Indian journal of veterinary science and animal husbandry - Volume 11,
Year: 1941
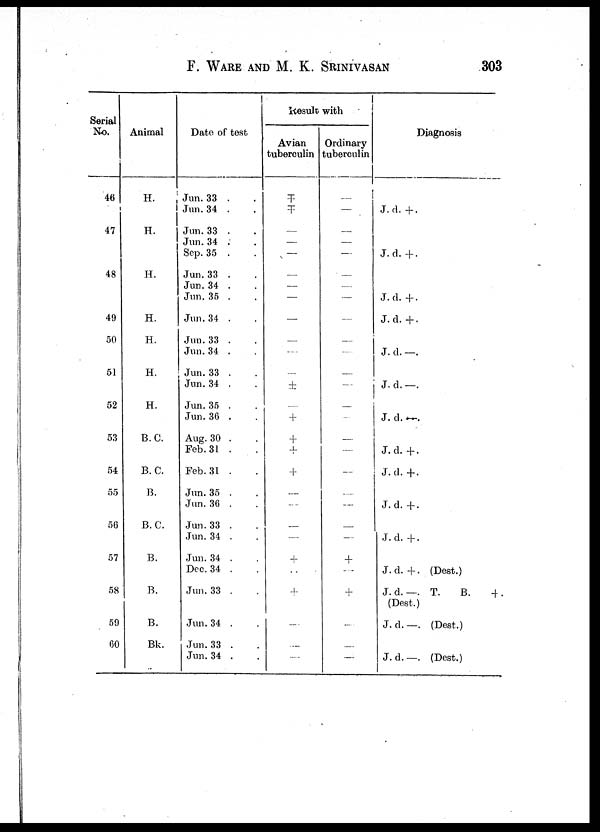
F. WARE AND M. K. SRINIVASAN 303
Serial
No.
46
47
48
49
50
51
52
53
54
55
56
57
58
59
60
Animal
H.
H.
H.
H.
H.
H.
H.
B.C.
B.C.
B.
B.C.
B.
B.
B.
Bk.
Date of test
Jun. 33 . .
Jun. 34 . .
Jun. 33 . .
Jun.34 . .
Sep. 35 . .
Jun.33 . .
Jun. 34 . .
Jun. 35 . .
Jun. 34 . .
Jun. 33 . .
Jun. 34 . .
Jun. 33 . .
Jun. 34 . .
Jun.35 . .
Jun. 36 . .
Aug. 30 . .
Feb.31 . .
Feb.31 . .
Jun. 35 . .
Jun. 36 . .
Jun. 33 . .
Jun. 34 . .
Jun.34 . .
Dee. 34 . .
Jun. 33 . .
Jun. 34 . .
Jun.33 . .
Jun.34 . .
Result with
Avian
tuberculin
Ŧ
Ŧ
—
—
—
—
—
—
—
—
—
—
±
—
+
+
+
+
—
—
—
—
+
. .
+
—
—
—
Ordinary
tuberculin
—
—
—
—
—
—
—
—
—
—
—
—
—
—
—
—
—
—
—
—
—
—
+
—
+
—
—
—
Diagnosis
J. d. +.
J.d. +.
J. d. +.
J.d. +.
J. d. —.
J.d.—.
J. d. —.
J.d. +.
J. d. +.
J.d. +.
J.d. +.
J. d. +. (Dest.)
J.d.—. T.
B.
+.
(Dest.)
J.d.—. (Dest.)
J.d.—. (Dest.)